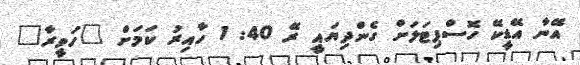
އޭނާ އޭޑީކޭ ހޮސްޕިޓަލަށް ގެންދިޔައީ ރޭ 40: 1 ހާއިރު ކަމަށް "ހަވީރާ"